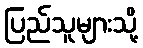
ပြည်သူများသို့